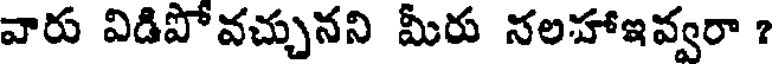
వారు విడిపోవచ్చునని మీరు నలహాఇవ్వరా ?